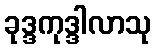
ခုဒ္ဒကုဒ္ဒါလာသု